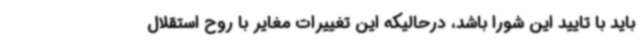
باید با تایید این شورا باشد، درحالیکه این تغییرات مغایر با روح استقلال